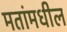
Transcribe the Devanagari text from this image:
मतांमधील